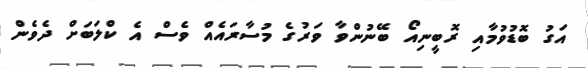
އަގު ބޮޑުވުމާއި ރޮބީނިއޯ ބޭނުންވާ ވަރުގެ މުސާރައެއް ވެސް އެ ކްލަބަށް ދެވެން